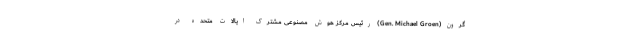
گرون(Gen. Michael Groen) رئیس مرکز هوش مصنوعی مشترک ایالات متحده در